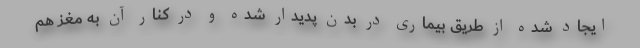
ایجاد شده از طریق بیماری در بدن پدیدار شده و در کنار آن به مغز هم